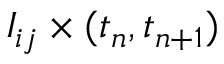
I _ { i j } \times ( t _ { n } , t _ { n + 1 } )